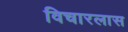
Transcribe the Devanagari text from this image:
विचारलास